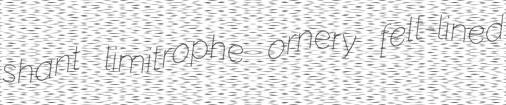
shant limitrophe ornery felt-lined